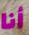
أنا